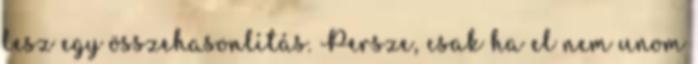
lesz egy összehasonlítás. Persze, csak ha el nem unom